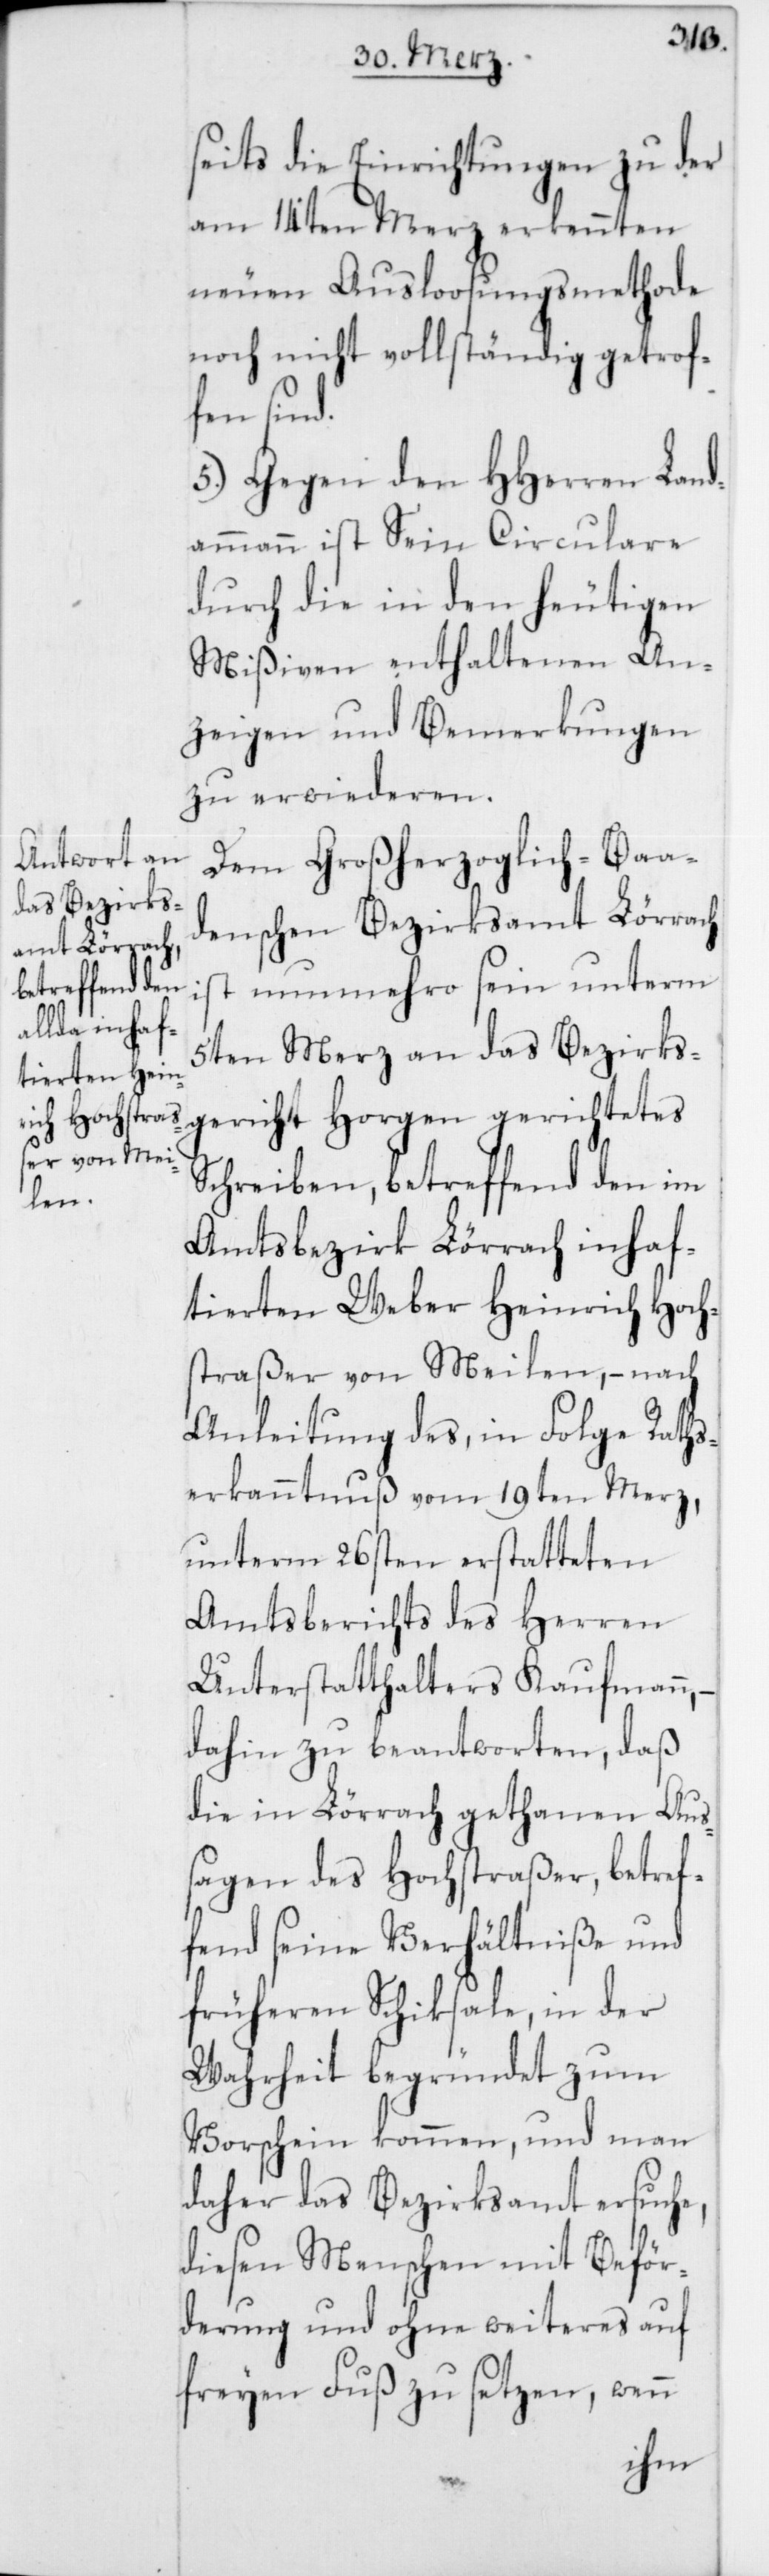
seits die Einrichtungen zu der
am 14ten Merz erkennten
neuen Ausloosungsmethode
noch nicht vollständig getrof¬
fen sind.
5.) Gegen den HHerren Land¬
ammann ist sein Circulare
durch die in den heutigen
Mißiven enthaltenen An¬
zeigen und Bemerkungen
zu erwiederen.
Dem Großherzoglich-Baa¬
denschen Bezirksamt Lörrach
ist nunmehro sein unterm
5ten Merz an das Bezirks¬
gericht Horgen gerichtetes
Schreiben, betreffend den im
Amtsbezirk Lörrach inhaf¬
tierten Weber Heinrich Hoch¬
straßer von Meilen, – nach
Anleitung des, in Folge Raths¬
erkanntnuß vom 19ten Merz,
unterm 26sten erstatteten
Amtsbericht des Herren
Unterstatthalters Kaufmann,
dahin zu beantworten, daß
die in Lörrach gethanen Aus¬
sagen des Hochstraßer, betref¬
fend seine Verhältniße und
früheren Schiksale, in der
Wahrheit begründet zum
Vorschein kommen, und man
daher das Bezirksamt ersuche,
diesen Menschen mit Beför¬
derung und ohne weiteres auf
freyen Fuß zu setzen, wenn